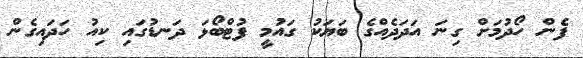
ފެން ހޯދުމަށް ގިނަ އަދަދެއްގެ ބަޔަކު ގައުމީ ފުޓްބޯޅަ ދަނޑުގައި ކިއު ހަދައިގެން